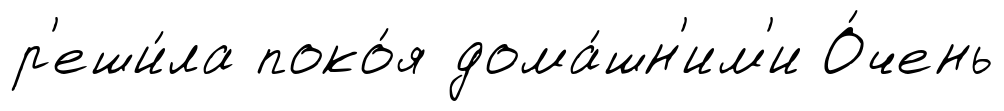
р'еши́ла поко́я дома́шн'им'и О́чень